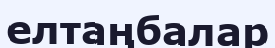
елтаңбалар